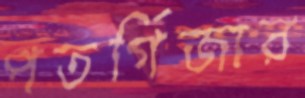
পতর্গিজার